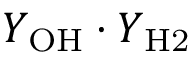
Y _ { \mathrm { O H } } \cdot Y _ { \mathrm { H 2 } }